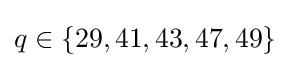
q\in \{29,41,43,47,49\}